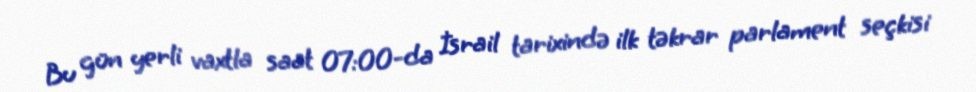
Bu gün yerli vaxtla saat 07:00-da İsrail tarixində ilk təkrar parlament seçkisi